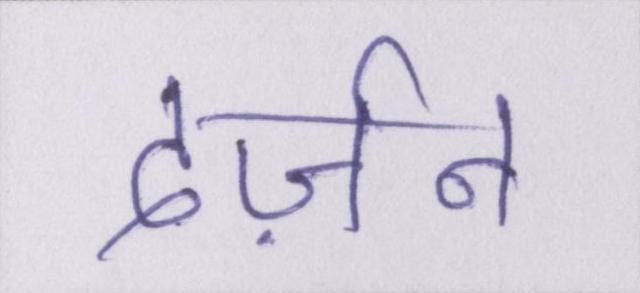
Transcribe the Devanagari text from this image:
दर्ज़न